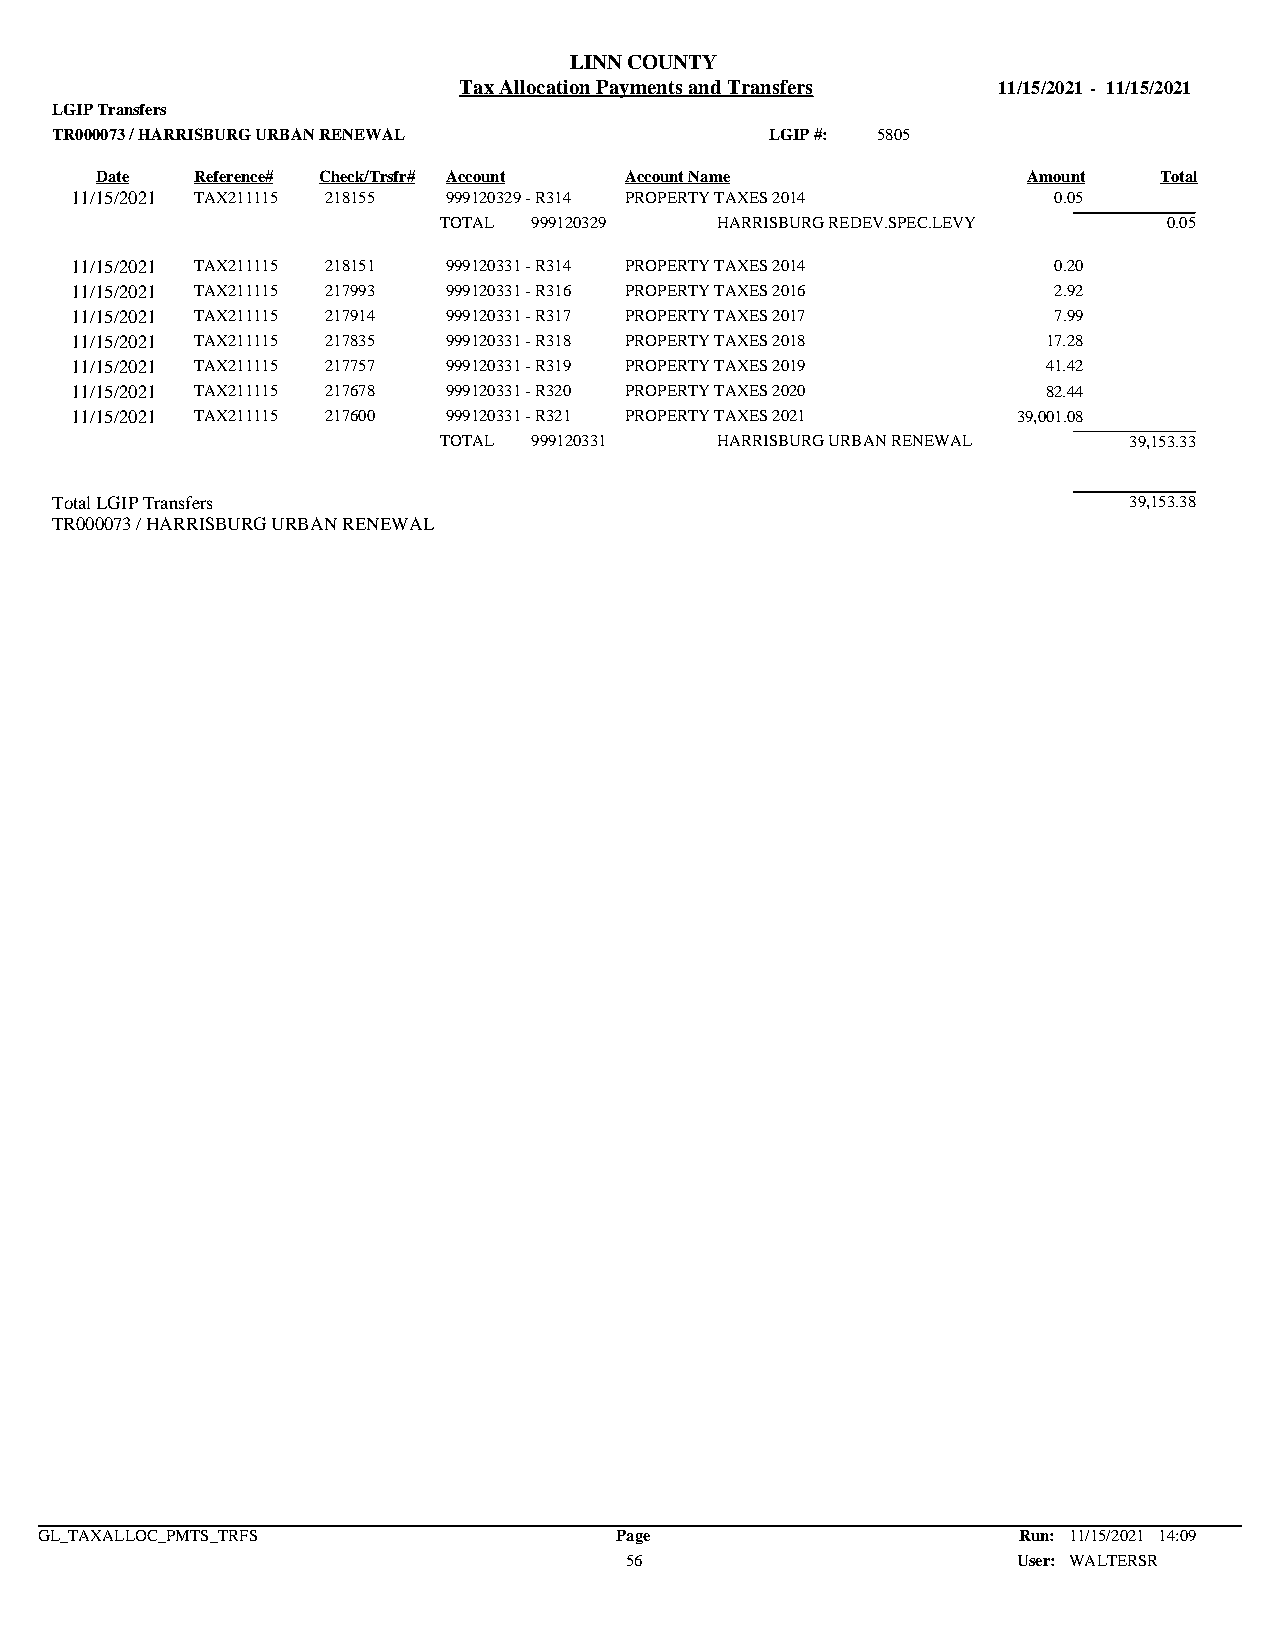
LINN COUNTY
 Tax Allocation Payments and Transfers 11/15/2021 - 11/15/2021
 LGIP Transfers
 TR000073 / HARRISBURG URBAN RENEWAL             LGIP #: 5805
 Date   Reference# Check/Trsfr# Account Account Name           Amount   Total
 11/15/2021 TAX211115 218155 999120329 - R314 PROPERTY TAXES 2014 0.05
 TOTAL 999120329   HARRISBURG REDEV.SPEC.LEVY    0.05
 11/15/2021 TAX211115 218151 999120331 - R314 PROPERTY TAXES 2014 0.20
 11/15/2021 TAX211115 217993 999120331 - R316 PROPERTY TAXES 2016 2.92
 11/15/2021 TAX211115 217914 999120331 - R317 PROPERTY TAXES 2017 7.99
 11/15/2021 TAX211115 217835 999120331 - R318 PROPERTY TAXES 2018 17.28
 11/15/2021 TAX211115 217757 999120331 - R319 PROPERTY TAXES 2019 41.42
 11/15/2021 TAX211115 217678 999120331 - R320 PROPERTY TAXES 2020 82.44
 11/15/2021 TAX211115 217600 999120331 - R321 PROPERTY TAXES 2021 39,001.08
 TOTAL 999120331   HARRISBURG URBAN RENEWAL    39,153.33
 Total LGIP Transfers                                                    39,153.38
 TR000073 / HARRISBURG URBAN RENEWAL
 GL_TAXALLOC_PMTS_TRFS                  Page                      Run: 11/15/2021 14:09
 56                        User: WALTERSR